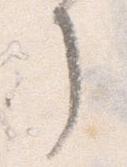
了